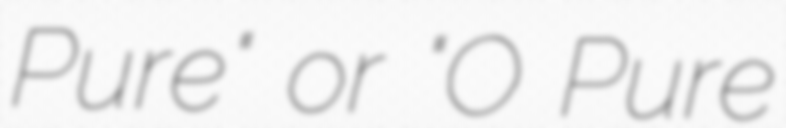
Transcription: Pure" or "O Pure